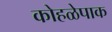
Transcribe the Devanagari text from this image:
कोहळेपाक